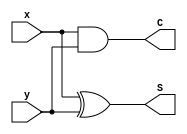
// Verilog model of 8-bit Full-Adder-Subtractor circuit 
// which is used to add or subtract 2-byte input data (binary numbers)
// I used buttom-up modelling for this task
// which means firstly I define Half-Adder, then Full-Adder
// after that, I design 8-bit Full-Adder-Subtractor using Full-Adders
// if Mode is 0, circuit behaves as Adder
// if Mode is 1, circuit behaves as Subtractor
// At the end, there are some Registers to save data
// written by Asadullah Jamalov 05.05.2020

module half_adder ( output S, C, input x, y); // Half-Adder 
	xor (S, x, y);
	and (C, x, y);
endmodule

module full_adder ( output S, C, input x, y, z); // Full-Adder
	wire S1, C1, C2;
	half_adder HA1 (S1, C1, x, y);
	half_adder HA2 (S, C2, S1, z);
	or g1 (C, C2, C1);
endmodule

// Full-Adder-Subtractor
module full_adder_subtractor ( output [7:0] S, output Carry, Overflow , input [7:0] A, B, input Mode);
	wire [8: 0] C;
	wire [7: 0] B_M;

// Depending on Mode, B_M will be B or B_hat
	xor  G0 (B_M[0], B[0], Mode);
	xor  G1 (B_M[1], B[1], Mode);
	xor  G2 (B_M[2], B[2], Mode);
	xor  G3 (B_M[3], B[3], Mode);
	xor  G4 (B_M[4], B[4], Mode);
	xor  G5 (B_M[5], B[5], Mode);
	xor  G6 (B_M[6], B[6], Mode);
	xor  G7 (B_M[7], B[7], Mode);

// Initializing C0
	buf G8 (C[0], Mode); 

// 8 Full-Adder
	full_adder FA0 (S[0], C[1], A[0], B_M[0], C[0]),
	           FA1 (S[1], C[2], A[1], B_M[1], C[1]),
	           FA2 (S[2], C[3], A[2], B_M[2], C[2]),
	           FA3 (S[3], C[4], A[3], B_M[3], C[3]),
		   FA4 (S[4], C[5], A[4], B_M[4], C[4]),
		   FA5 (S[5], C[6], A[5], B_M[5], C[5]),
  		   FA6 (S[6], C[7], A[6], B_M[6], C[6]),
		   FA7 (S[7], C[8], A[7], B_M[7], C[7]);

// Assigning Carry bit
	buf G9 (Carry, C[8]);

// Assigning Overflow bit
	xor  G10 (Overflow, C[7], C[8]);

endmodule

// Registers for saving inputs A and B
module Register_A (input [7:0] A, input Clk, output reg [7:0] out_A);
	always @(posedge Clk)
	out_A <= A;
endmodule 

module Register_B (input [7:0] B, input Clk, output reg [7:0] out_B);
	always @(posedge Clk)
	out_B <= B;
endmodule 

// Register for saving output S
module Register_S (input [7:0] S, input Clk, output reg [7:0] out_S);
	always @(posedge Clk)
	out_S <= S;
endmodule 

// Testing the Binary Full-Adder-Subtractor Circuit
module testbench;

  	reg [7: 0] A;
	reg [7: 0] B;
	reg Mode;
  	wire [7: 0] S;
	wire Carry, Overflow;

  	full_adder_subtractor test(S[7:0], Carry, Overflow, A [7:0], B[7:0], Mode);
  
  	initial 
		begin
   			A=8'b00000001; // A=01
			B=8'b00000001; // B=01
			Mode=1'b0;     // Addition Mode A+B=02 (S=02, carry=0, overflow=0)
			
			#50
			A=8'b11111111; // A=ff
			B=8'b10111010; // B=ba
			Mode=1'b0;     // Addition Mode A+B=b9 (S=b9, carry=1, overflow=0)

			#50
			A=8'b10000000; // A=80
			B=8'b10000000; // B=80
			Mode=1'b0;     // Addition Mode A+B=00 (S=00, carry=1, overflow=1)

			#50	
		        A=8'b01100001; // A=61
			B=8'b00001001; // B=09
			Mode=1'b1;     // Subtraction Mode A-B=58 (S=58, carry=1, overflow=0)
			
			#50
			A=8'b10001111; // A=8f
			B=8'b10111010; // B=ba
			Mode=1'b1;     // Subtraction Mode A-B=d5 (S=d5, carry=0, overflow=0)

			#50
			A=8'b01000010; // A=42
			B=8'b10001000; // B=88
			Mode=1'b1;     // Subtraction Mode A-B=ba (S=ba, carry=0, overflow=1)

 		end
  
endmodule